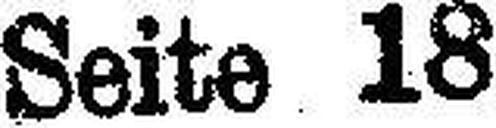
Seite 18